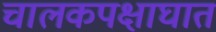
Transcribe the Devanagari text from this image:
चालकपक्षाघात